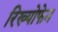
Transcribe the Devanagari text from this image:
रिख्योफेन